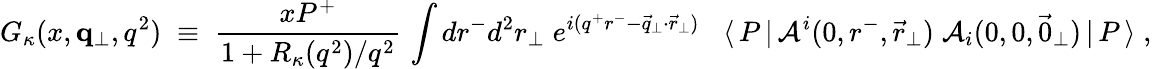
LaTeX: G_{\kappa}(x,{\mathbf q}_{\perp},q^{2})\; \equiv\; \frac{xP^{+}}{1+R_{\kappa}(q^{2})/q^{2}}\, \int dr^{-}d^{2}r_{\perp}\; e^{i(q^{+}r^{-}-\vec{q}_{\perp}\cdot\vec{r}_{\perp})}\; \; \; \langle\, P\, |\, {\cal A}^{i}(0,r^{-},\vec{r}_{\perp})\; {\cal A}_{i}(0,0,\vec{0}_{\perp})\, |\, P\, \rangle\; ,